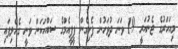
މިއަހަރުގެ ޖެނުއަރީ 19 ވަނަ ދުވަހުން ފެށިގެން ޕީޕީއެމްގެ ސައްހަކަން ވަނީ ގެއްލިފައި